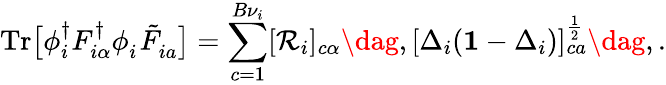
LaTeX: \mathrm{Tr}\big[\phi_{i}^{\dagger}F_{i\alpha}^{\dagger}\phi_{i}^{\phantom{\dagger}}\tilde{F}_{ia}^{\phantom{\dagger}}\big]=\sum_{c=1}^{B{\nu}_{i}}[\mathcal{R}_{i}]_{c\alpha}\dag,[\Delta_{i}(\mathbf{1}-\Delta_{i})]_{ca}^{\frac{1}{2}}\dag,.